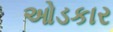
ઓડકાર